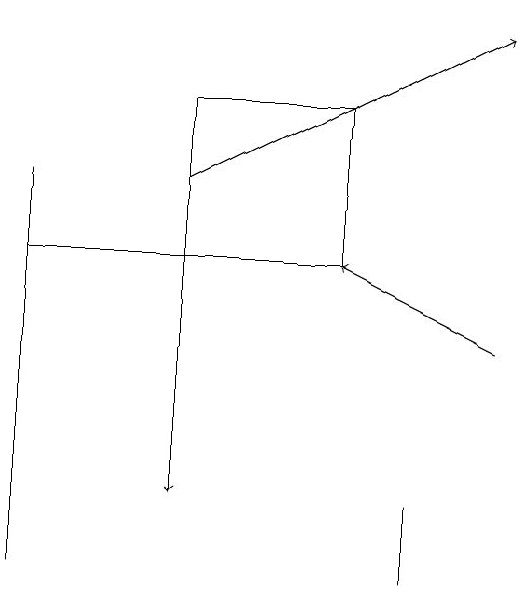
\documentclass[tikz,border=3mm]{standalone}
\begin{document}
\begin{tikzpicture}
\draw (0,10) rectangle (0,15);
\draw[->] (6,13) -- (4,14);
\draw (2,16) rectangle (4,14);
\draw (0,14) rectangle (4,14);
\draw (5,10) rectangle (5,11);
\draw[->] (2,15) -- (6,17);
\draw[->] (2,16) -- (2,11);
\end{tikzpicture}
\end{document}